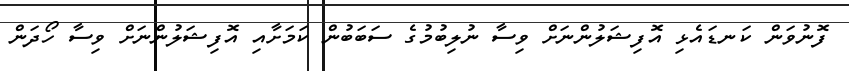
ފޮނުވަން ކަނޑައެޅި އޮފިޝަލުންނަށް ވިސާ ނުލިބުމުގެ ސަބަބުން ކަމަށާއި އޮފިޝަލުންނަށް ވިސާ ހޯދަން